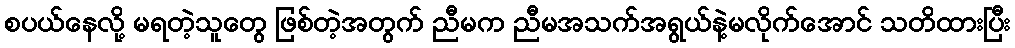
စပယ်နေလို့ မရတဲ့သူတွေ ဖြစ်တဲ့အတွက် ညီမက ညီမအသက်အရွယ်နဲ့မလိုက်အောင် သတိထားပြီး